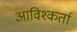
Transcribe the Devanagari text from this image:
आविश्कर्ता